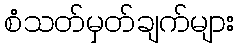
စံသတ်မှတ်ချက်များ